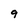
Character: 9